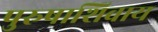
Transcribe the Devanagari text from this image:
पुरुषाशिवाय